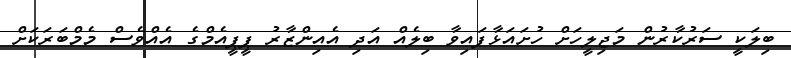
ބިލަކީ ސަރުކާރުން މަޖިލީހަށް ހުށައަޅާފައިވާ ބިލެއް އަދި އެއިންޒާރު ޕީޕީއެމްގެ އެއްވެސް މެމްބަރަކަށް